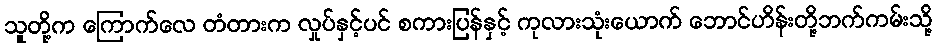
သူတို့က ကြောက်လေ တံတားက လှုပ်နှင့်ပင် စကားပြန်နှင့် ကုလားသုံးယောက် ဘောင်ဟိန်းတို့ဘက်ကမ်းသို့